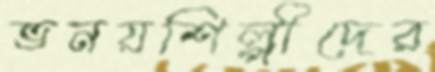
ভনয়শিল্পীদের